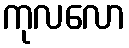
ကုလလော